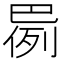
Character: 𫶸